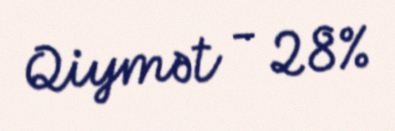
Qiymət - 28%